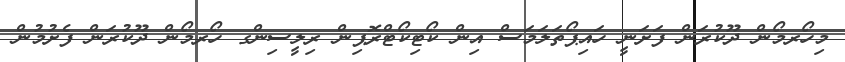
މިހޯރމޯން ދޫކުރަން ފަށަނީ ހައިޕޯތަލަމަސް އިން ކޯޓިކޯޓްރޮޕިން ރިލީސިންގ ހޯރމޯން ދޫކުރަން ފެށުމުން